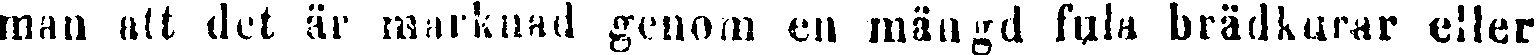
man att det är marknad genom en mängd fula brädkurar eller